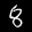
Label: 8